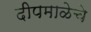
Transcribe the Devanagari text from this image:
दीपमाळेचे